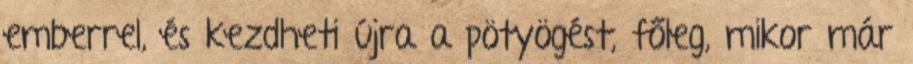
emberrel, és kezdheti újra a pötyögést, főleg, mikor már